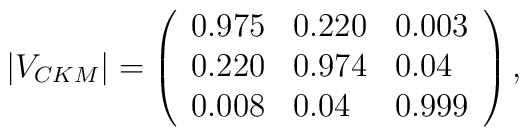
|V_{CKM}| = \left( \begin{array}{lll} 0.975 & 0.220 & 0.003 \\                                    0.220 & 0.974 & 0.04  \\                                    0.008 & 0.04  & 0.999 \end{array} \right),